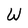
Character: W